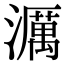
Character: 濿